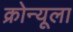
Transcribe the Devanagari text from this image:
क्रोन्यूला